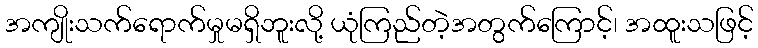
အကျိုးသက်ရောက်မှုမရှိဘူးလို့ ယုံကြည်တဲ့အတွက်ကြောင့်၊ အထူးသဖြင့်